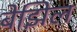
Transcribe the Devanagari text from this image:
बेझिल